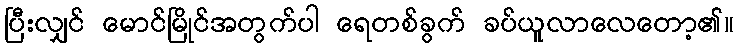
ပြီးလျှင် မောင်မြိုင်အတွက်ပါ ရေတစ်ခွက် ခပ်ယူလာလေတော့၏။